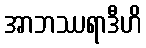
အာဘဿရာဒီဟိ